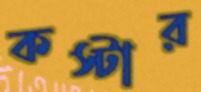
কস্টার